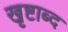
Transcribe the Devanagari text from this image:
खृष्टाब्द